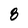
Character: 8